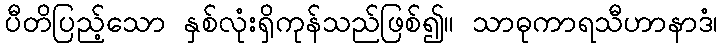
ပီတိပြည့်သော နှစ်လုံးရှိကုန်သည်ဖြစ်၍။ သာဓုကာရသီဟာနာဒံ၊